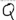
Text: Q